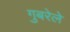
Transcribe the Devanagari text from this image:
गुबरेले